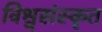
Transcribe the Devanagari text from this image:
विश्वसंस्कृत